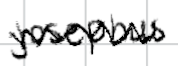
Text: Josephus
Cross-out: zig-zag
Writing tool: digital_black